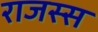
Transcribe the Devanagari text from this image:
राजस्स